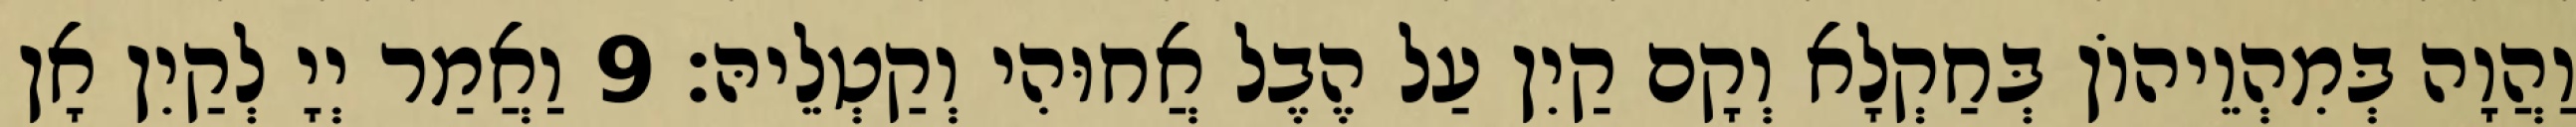
וַהֲוָה בְּמִהְוֵיהוֹן בְּחַקְלָא וְקָם קַיִן עַל הֶבֶל אֲחוּהִי וְקַטְלֵיהּ׃ 9 וַאֲמַר יְיָ לְקַיִן אָן